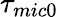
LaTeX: {{\tau}_{mic0}}